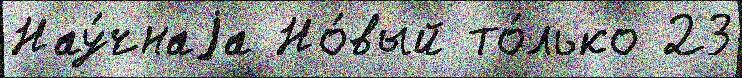
Нау́чнаjа Но́вый то́лько 23